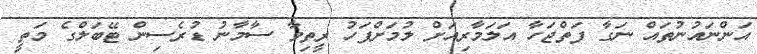
އަންނައުނުތައް ނަގާ ފަތްޖަހާ އަލަމާރިއަށް ލުމަށްފަހު ރީތިވާ ސާމާނު ޑުރެސިން ޓޭބަލްގެ މަތީ